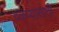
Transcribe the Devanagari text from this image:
वळण्यासाठी